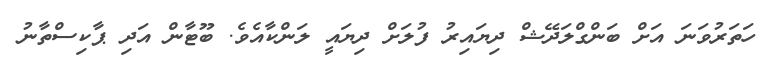
ހަތަރުވަނަ އަށް ބަންގްލަދޭޝް ދިޔައިރު ފުލަށް ދިޔައީ ލަންކާއެވެ. ބޫޓާން އަދި ޕާކިސްތާނު